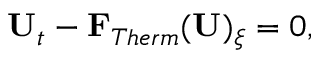
\mathbf { U } _ { t } - \mathbf { F } _ { T h e r m } ( \mathbf { U } ) _ { \xi } = 0 ,